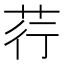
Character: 荇